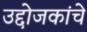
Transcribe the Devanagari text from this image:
उद्दोजकांचे